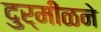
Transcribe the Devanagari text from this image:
दुर्मीळने